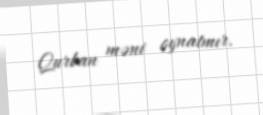
Qurban məni oynatmır.